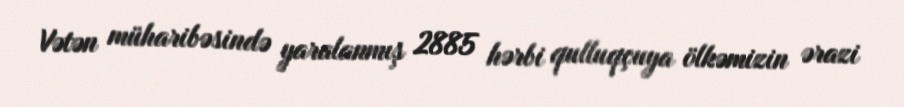
Vətən müharibəsində yaralanmış 2885 hərbi qulluqçuya ölkəmizin ərazi